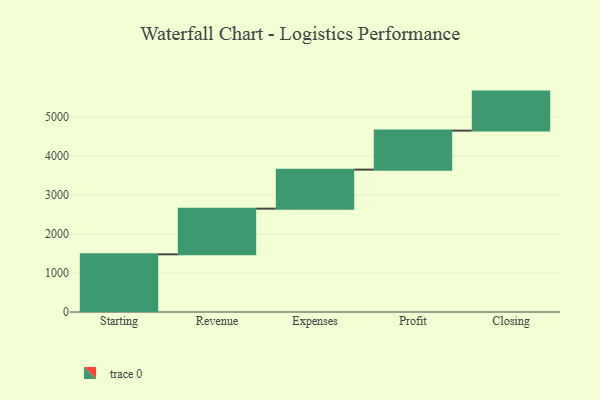
{"axis": {"x": "Step", "y": "Value"}, "legend": [""], "data": [{"x": "Starting", "y": 1478.0, "type": ""}, {"x": "Revenue", "y": 1171.0, "type": ""}, {"x": "Expenses", "y": 1000, "type": ""}, {"x": "Profit", "y": 1000, "type": ""}, {"x": "Closing", "y": 1000, "type": ""}]}